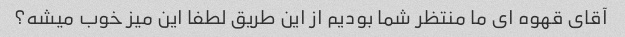
آقای قهوه ای ما منتظر شما بودیم از این طریق لطفا این میز خوب میشه؟